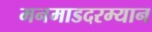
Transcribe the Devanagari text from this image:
मनमाडदरम्यान